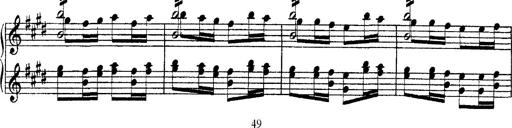
Title: Ã‰tudes d'exÃ©cution transcendante d'aprÃ¨s Paganini
Composer: Franz Liszt